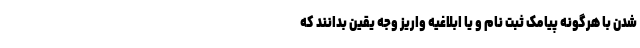
شدن با هرگونه پیامک ثبت نام و یا ابلاغیه واریز وجه یقین بدانند که